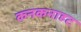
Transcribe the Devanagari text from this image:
कनकनाहट